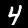
Digit: 4